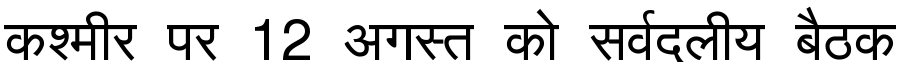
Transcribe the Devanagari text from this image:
कश्मीर पर 12 अगस्त को सर्वदलीय बैठक